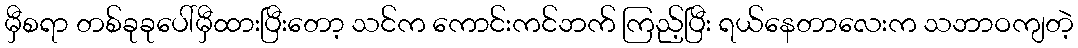
မှီစရာ တစ်ခုခုပေါ်မှီထားပြီးတော့ သင်က ကောင်းကင်ဘက် ကြည့်ပြီး ရယ်နေတာလေးက သဘာဝကျတဲ့